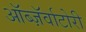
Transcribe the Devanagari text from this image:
ऑब्ज़ॅर्वाटोरी